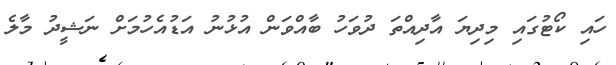
ހައި ކޯޓުގައި މިދިޔަ އާދިއްތަ ދުވަހު ބާއްވަން އުޅުނު އަޑުއެހުމަށް ނަޝީދު މާލެ